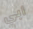
أبي